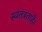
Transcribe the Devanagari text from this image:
स्वतंत्रताहै।